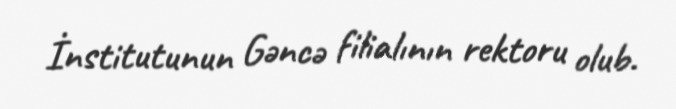
İnstitutunun Gəncə filialının rektoru olub.